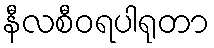
နီလစီဝရပါရုတာ